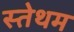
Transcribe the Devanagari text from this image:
स्तेथम